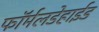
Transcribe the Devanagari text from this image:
फॉर्मलडेहाईड